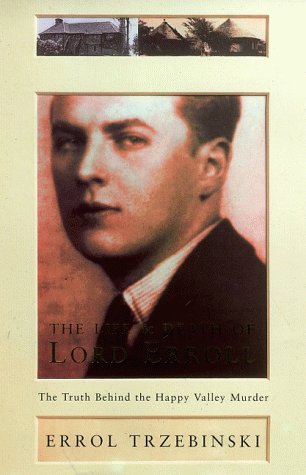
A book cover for The Life and Death of Lord Erroll: The Truth Behind the Happy Valley Murder; Errol Trzebinski; History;